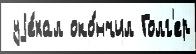
 уjе́хал око́нчил Голг'ер